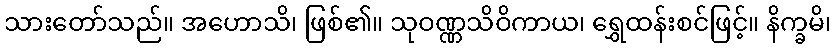
သားတော်သည်။ အဟောသိ၊ ဖြစ်၏။ သုဝဏ္ဏသိဝိကာယ၊ ရွှေထန်းစင်ဖြင့်။ နိက္ခမိ၊